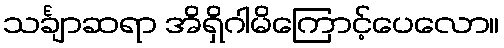
သင်္ချာဆရာ အိရှိဂါမိကြောင့်ပေလော။